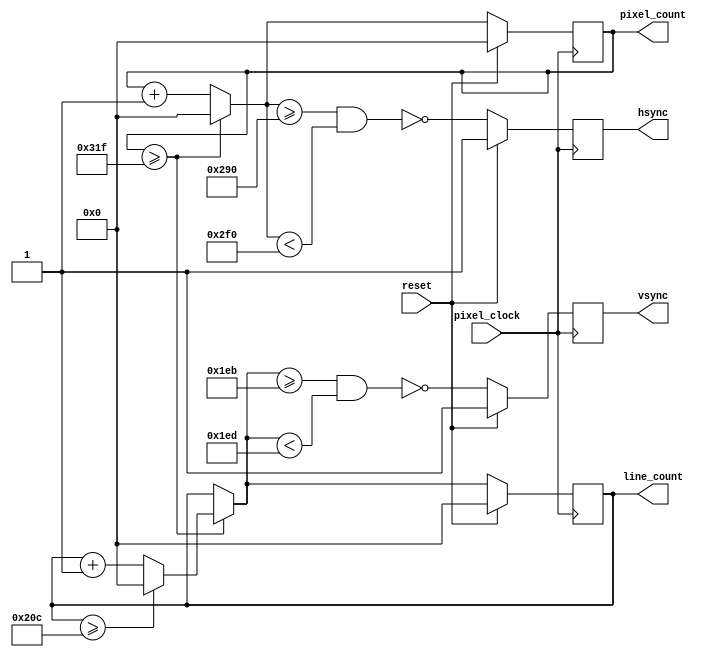
module vga_controller_5(pixel_clock, reset, hsync, vsync, pixel_count, line_count);
    input pixel_clock;
    input reset;
    output hsync;
    output vsync;
    output [9:0] pixel_count;
    output [9:0] line_count;
	reg hsync, vsync;
	reg [9:0] pixel_count, line_count;
	wire [9:0] next_pixel, next_line;
	parameter NUM_LINES = 525;
	parameter NUM_PIXELS = 800;
	parameter WIDTH = 640;
	parameter HEIGHT = 480;
	parameter H_FRONT_PORCH = 16;
	parameter H_SYNC = 96;
	parameter H_BACK_PORCH = 48;
	parameter V_FRONT_PORCH = 11;
	parameter V_SYNC = 2;
	parameter V_BACK_PORCH = 32;
	always @(posedge pixel_clock) begin
		if(reset) begin
			pixel_count <= 10'b0;
			line_count <= 10'b0;
			hsync <= 1;
			vsync <= 1;
		end else begin
			pixel_count <= next_pixel;
			line_count <= next_line;
			hsync <= ~((next_pixel >= WIDTH + H_FRONT_PORCH) & 
						  (next_pixel < WIDTH + H_FRONT_PORCH + H_SYNC));
			vsync <= ~((next_line >= HEIGHT + V_FRONT_PORCH) &
						  (next_line < HEIGHT + V_FRONT_PORCH + V_SYNC));
		end
	end
	assign next_pixel = (pixel_count >= NUM_PIXELS - 1) ? 1'b0 : pixel_count + 1'b1;
	assign next_line = (pixel_count >= NUM_PIXELS - 1) ? 
								((line_count >= NUM_LINES - 1) ? 1'b0 : line_count + 1'b1) : line_count;
endmodule